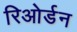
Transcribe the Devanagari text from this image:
रिओर्डन